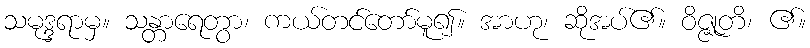
သမုဒ္ဒရာမှ။ သန္တာရေတွာ၊ ကယ်တင်တော်မူ၍။ အာဟု၊ ဆိုအပ်၏။ ဝိဇ္ဇုတိ၊ ၏။